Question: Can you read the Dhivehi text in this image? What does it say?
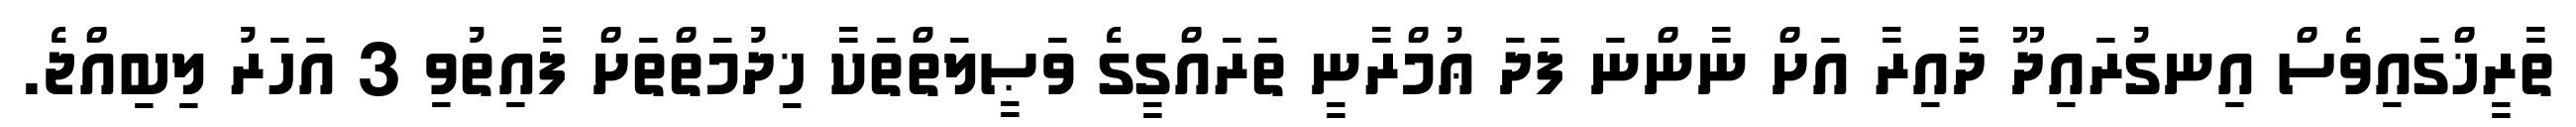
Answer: ތާރީޚްގައިވެސް އިނގުރައިދޫ ދާއިރާ އަށް ނާންނަ ފަދަ ޢުމްރާނީ ތަރައްގީގެ ވަޞީލަތްތަކާ ޚިދުމަތްތަށް ފާއިތުވި 3 އަހަރު ލިބިއްޖެ.